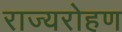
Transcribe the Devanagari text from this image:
राज्यरोहण